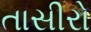
તાસીરો